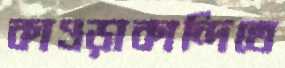
কাওড়াকান্দিতে